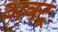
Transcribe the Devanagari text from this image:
अवटू